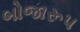
બોજારૂપ